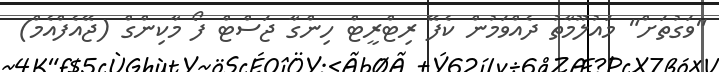
"ވަގުތަށް" މައުލޫމާތު ދެއްވަމުން ކެފޭ ރިޓްރީޓް ހިންގާ ޖަސްޓް ފޯ މާކިންގް (ޖޭއެފްއެމް)